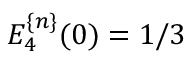
E _ { 4 } ^ { \{ n \} } ( 0 ) = 1 / 3